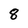
Character: 8